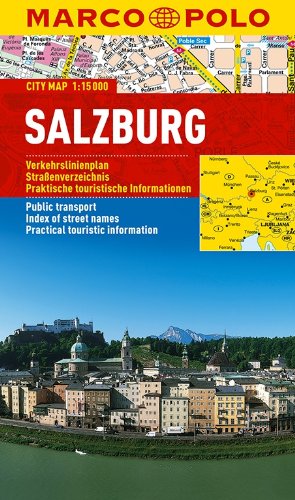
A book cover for Salzburg Marco Polo City Map (Marco Polo City Maps); Marco Polo Travel; Travel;